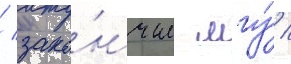
/ зако́нчил мгу́ /